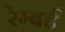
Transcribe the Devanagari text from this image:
रेम्बर्ट